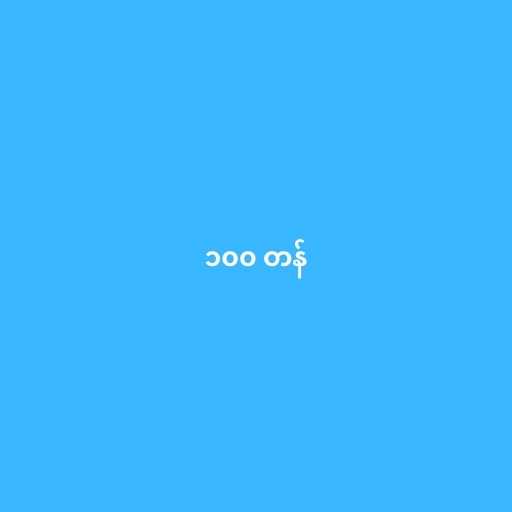
၁၀၀ တန်